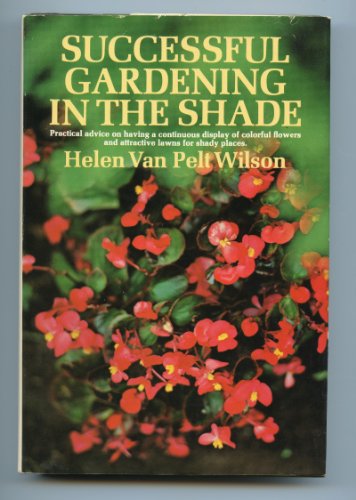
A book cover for Successful Gardening in the Shade; Helen Van Pelt Wilson; Crafts, Hobbies & Home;